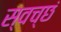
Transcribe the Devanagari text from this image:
स्वच्छं